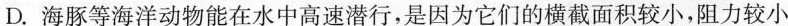
D.海豚等海洋动物能在水中高速潜行，是因为它们的横截面积较小，阻力较小